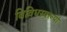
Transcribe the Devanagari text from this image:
विविधस्वरूपी